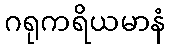
ဂရုကရိယမာနံ